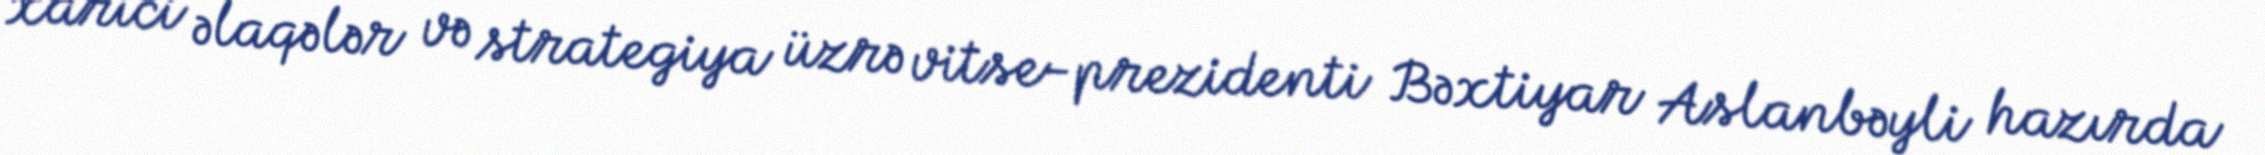
xarici əlaqələr və strategiya üzrə vitse-prezidenti Bəxtiyar Aslanbəyli hazırda